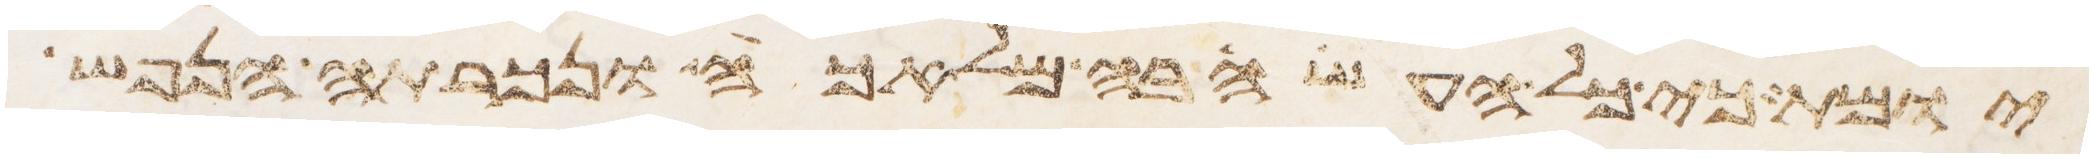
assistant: יומת כי כל העשה בה מלאכה ונכרתה הנפש